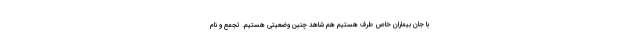
با جان بیماران خاص طرف هستیم هم شاهد چنین وضعیتی هستیم. تجمع و نام